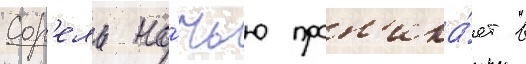
Сор'ель но́чью прон'ика́ет в